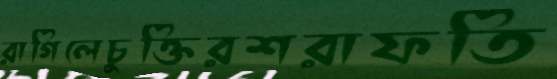
রাগিলেচুক্তিরশরাফতি